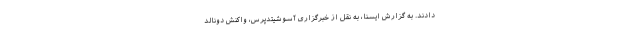
دادند. به گزارش ایسنا، به نقل از خبرگزاری آسوشیتدپرس، واکنش دونالد